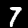
Digit: 7